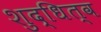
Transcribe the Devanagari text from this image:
शुद्धित्व